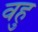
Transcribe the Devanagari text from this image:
वहु